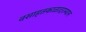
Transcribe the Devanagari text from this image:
वसाहतकाळादरम्यान